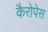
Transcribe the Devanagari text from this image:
कैरोपेस